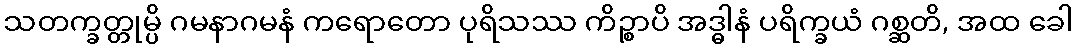
သတက္ခတ္တုမ္ပိ ဂမနာဂမနံ ကရောတော ပုရိသဿ ကိဉ္စာပိ အဒ္ဓါနံ ပရိက္ခယံ ဂစ္ဆတိ, အထ ခေါ